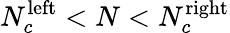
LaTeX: N_{c}^{\mathrm{left}}<N<N_{c}^{\mathrm{right}}